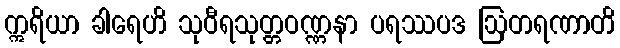
ဣရိယာ ခါရေဟိ သုဝီရသုတ္တဝဏ္ဏနာ ပရဿပဒ ဩတရဏာတိ